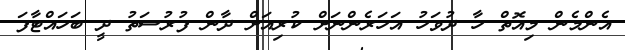
އެންމެން މިއޮތް ހާ ދުވަހު އަހަރެންނަށް ކުރިއަށް ދާން ފުރުސަތު ދީ ބަހައްޓާފަ